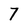
Character: 7